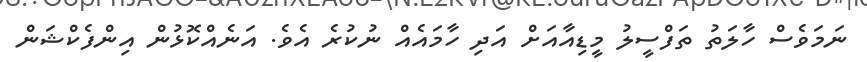
ނަމަވެސް ހާލަތު ތަފްސީލު މީޑިއާއަށް އަދި ހާމައެއް ނުކުރެ އެވެ. އަނެއްކޮޅުން އިންފެކްޝަން